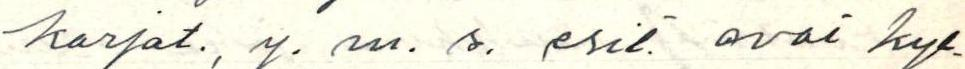
karjat., y. m. s. esit. ovat kyl-